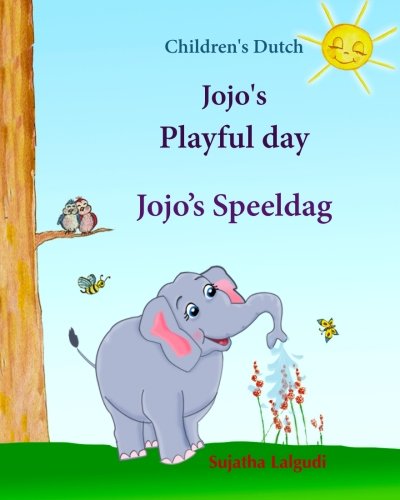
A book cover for Children's Dutch: Jojo's Playful day. Jojo's Speeldag: Dutch kids book. Dutch books for kids.Prentenboek, Children's English-Dutch Picture Book ... Jojo series) (Volume 1) (Dutch Edition); Sujatha Lalgudi; Children's Books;